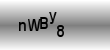
Text: nWBy8